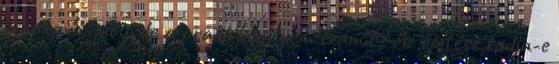
munkavállalót, de a praktikum nem számít? Az építész tudja-e